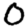
Digit: 0